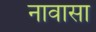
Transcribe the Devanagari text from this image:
नावासा